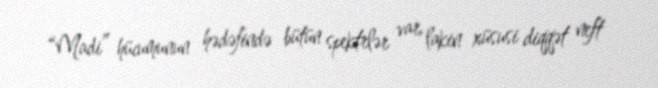
“Madi” hücumunun hədəfində bütün spektrlər var, lakin xüsusi diqqət neft